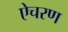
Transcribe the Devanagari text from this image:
ऐचरण